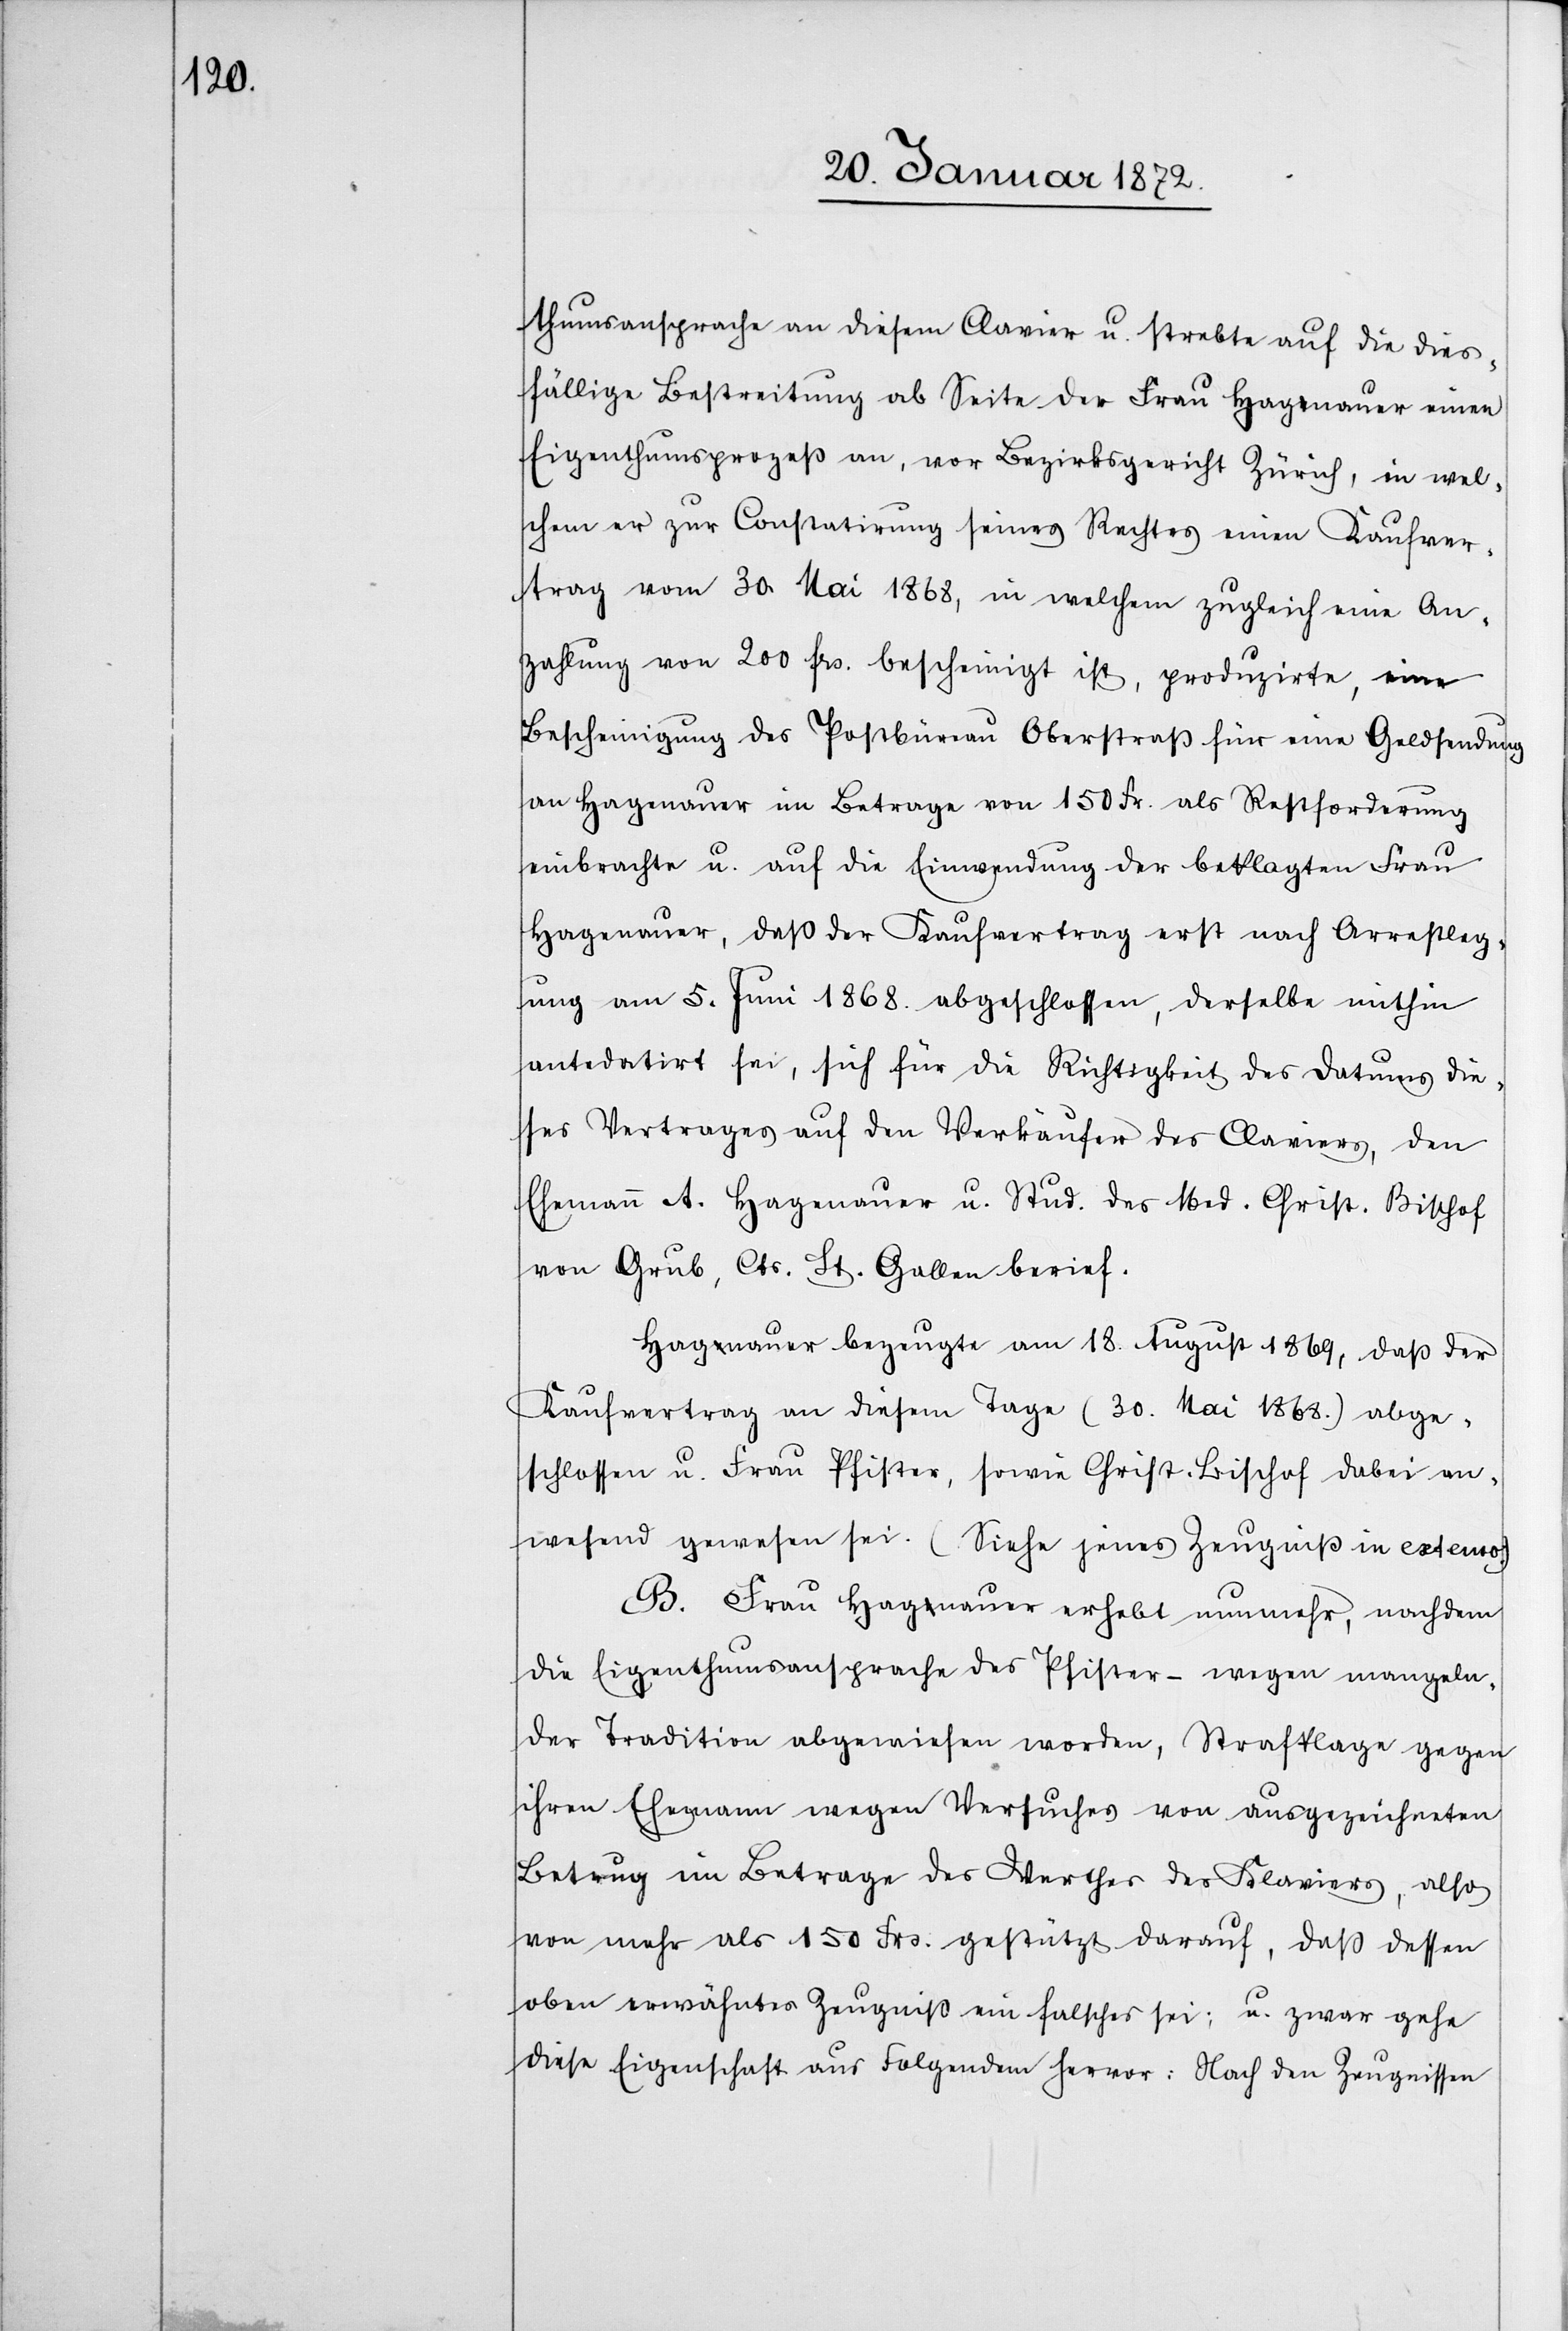
thumsansprache an diesem Clavier u. strebte auf die dies¬
fällige Bestreitung ab Seite der Frau Hagnauer einen
Eigenthumsprozeß an, vor Bezirksgericht Zürich, in wel¬
chem er zur Constatirung seines Rechtes einen Kaufver¬
trag vom 30. Mai 1868, in welchem zugleich eine An¬
zahlung von 200 frs. bescheinigt ist, produzirte, eine
Bescheinigung des Postbüreau Oberstraß für eine Geldsendung
an Hagenauer im Betrage von 150 Fr. als Restforderung
einbrachte u. auf die Einwendung der beklagten Frau
Hagenauer, daß der Kaufvertrag erst nach Arrestleg¬
ung am 5. Juni 1868. abgeschlossen, derselbe mithin
antedatirt sei, sich für die Richtigkeit des Datums die¬
ses Vertrages auf den Verkäufer des Claviers, den
Ehemann A. Hagenauer u. Stud. des Med. Christ. Bischof
von Grub, Cts. St. Gallen berief.
Hagnauer bezeugte am 18. August 1869, daß der
Kaufvertrag an diesem Tage (30. Mai 1868.) abge¬
schlossen u. Frau Pfister, sowie Christ. Bischof dabei an¬
wesend gewesen sei. (Siehe jenes Zeugniß in extenso.)
B. Frau Hagnauer erhebt nunmehr, nachdem
die Eigenthumsansprache des Pfister – wegen mangeln¬
der Tradition abgewiesen worden, Strafklage gegen
ihren Ehemann wegen Versuches von ausgezeichneten
Betrug im Betrage des Werthes des Klaviers, also
von mehr als 150 Frs. gestützt darauf, daß dessen
oben erwähntes Zeugniß ein falsches sei; u. zwar gehe
diese Eigenschaft aus Folgendem hervor: Nach den Zeugnissen